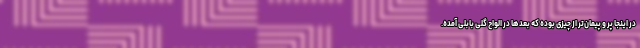
در اینجا پر و پیمان‌تر از چیزی بوده که بعدها در الواح گلی بابلی آمده.